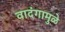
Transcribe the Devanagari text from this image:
वादंगामुळे